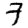
Digit: 7